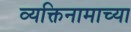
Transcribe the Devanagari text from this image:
व्यक्तिनामाच्या